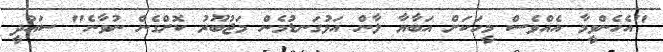
"އެހެންވީމާ އެއްވެސް މީހަކަށް އަބާޔާ ލާން އަޅުގަނޑުމެން މަޖުބޫރު ކޮށްގެން ނުވާނެ" ސައުދީ